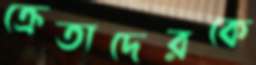
ক্রেতাদেরকে